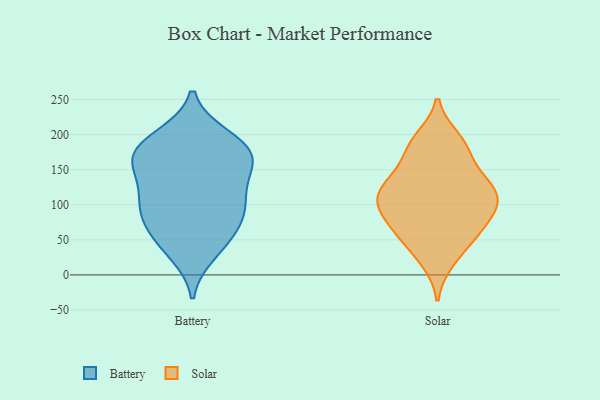
{"axis": {"x": "Budget (USD K)", "y": "Value"}, "legend": ["Battery", "Solar"], "data": [{"x": "", "y": 98, "type": "Battery"}, {"x": "", "y": 114, "type": "Battery"}, {"x": "", "y": 56, "type": "Battery"}, {"x": "", "y": 91, "type": "Battery"}, {"x": "", "y": 145, "type": "Battery"}, {"x": "", "y": 191, "type": "Battery"}, {"x": "", "y": 32, "type": "Battery"}, {"x": "", "y": 80, "type": "Battery"}, {"x": "", "y": 98, "type": "Battery"}, {"x": "", "y": 167, "type": "Battery"}, {"x": "", "y": 178, "type": "Battery"}, {"x": "", "y": 168, "type": "Battery"}, {"x": "", "y": 172, "type": "Battery"}, {"x": "", "y": 196, "type": "Battery"}, {"x": "", "y": 47, "type": "Battery"}, {"x": "", "y": 145, "type": "Battery"}, {"x": "", "y": 182, "type": "Solar"}, {"x": "", "y": 123, "type": "Solar"}, {"x": "", "y": 51, "type": "Solar"}, {"x": "", "y": 142, "type": "Solar"}, {"x": "", "y": 110, "type": "Solar"}, {"x": "", "y": 193, "type": "Solar"}, {"x": "", "y": 52, "type": "Solar"}, {"x": "", "y": 84, "type": "Solar"}, {"x": "", "y": 123, "type": "Solar"}, {"x": "", "y": 94, "type": "Solar"}, {"x": "", "y": 21, "type": "Solar"}, {"x": "", "y": 177, "type": "Solar"}, {"x": "", "y": 99, "type": "Solar"}, {"x": "", "y": 125, "type": "Solar"}, {"x": "", "y": 72, "type": "Solar"}]}